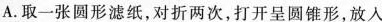
A.取一张圆形滤纸，对折几次，打开呈圆锥形，放入